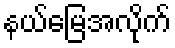
နယ်မြေအလိုက်